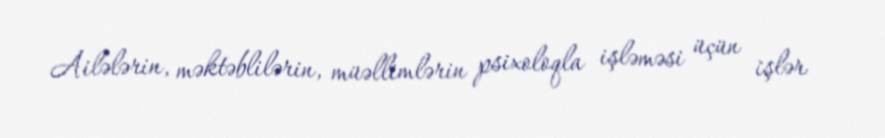
Ailələrin, məktəblilərin, müəllimlərin psixoloqla işləməsi üçün işlər